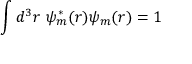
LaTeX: \int d ^ { 3 } r \ \psi _ { m } ^ { * } ( { \boldsymbol { r } } ) \psi _ { m } ( { \boldsymbol { r } } ) = 1